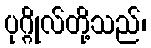
ပုဂ္ဂိုလ်တို့သည်၊